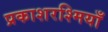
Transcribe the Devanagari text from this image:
प्रकाशरश्मियाँ